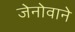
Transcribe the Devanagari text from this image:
जेनोवाने